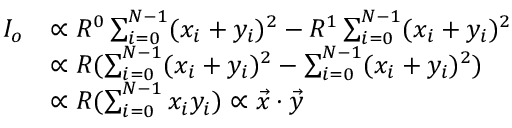
\begin{array} { r l } { I _ { o } } & { \propto R ^ { 0 } \sum _ { i = 0 } ^ { N - 1 } ( x _ { i } + y _ { i } ) ^ { 2 } - R ^ { 1 } \sum _ { i = 0 } ^ { N - 1 } ( x _ { i } + y _ { i } ) ^ { 2 } } \\ & { \propto R ( \sum _ { i = 0 } ^ { N - 1 } ( x _ { i } + y _ { i } ) ^ { 2 } - \sum _ { i = 0 } ^ { N - 1 } ( x _ { i } + y _ { i } ) ^ { 2 } ) } \\ & { \propto R ( \sum _ { i = 0 } ^ { N - 1 } x _ { i } y _ { i } ) \propto \Vec { x } \cdot \Vec { y } } \end{array}